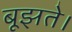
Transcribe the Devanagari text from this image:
बूझते।